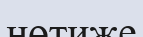
нөтиже